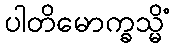
ပါတိမောက္ခသ္မိံ